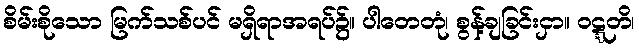
စိမ်းစိုသော မြက်သစ်ပင် မရှိရာအရပ်၌။ ပါတေတုံ၊ စွန့်ချခြင်းငှာ။ ဝဋ္ဋတိ၊